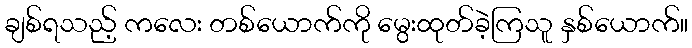
ချစ်ရသည့် ကလေး တစ်ယောက်ကို မွေးထုတ်ခဲ့ကြသူ နှစ်ယောက်။